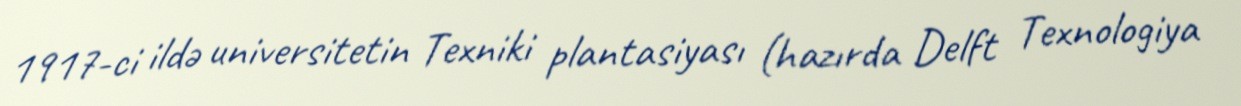
1917-ci ildə universitetin Texniki plantasiyası (hazırda Delft Texnologiya